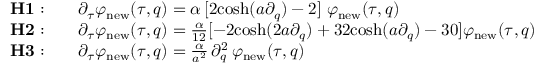
\begin{array} { r l } { { \bf H 1 : } } & { \quad \partial _ { \tau } \varphi _ { \mathrm { n e w } } ( \tau , q ) = \alpha \, [ 2 \mathrm { c o s h } ( a \partial _ { q } ) - 2 ] \ \varphi _ { \mathrm { n e w } } ( \tau , q ) } \\ { { \bf H 2 : } } & { \quad \partial _ { \tau } \varphi _ { \mathrm { n e w } } ( \tau , q ) = \frac { \alpha } { 1 2 } [ - 2 \mathrm { c o s h } ( 2 a \partial _ { q } ) + 3 2 \mathrm { c o s h } ( a \partial _ { q } ) - 3 0 ] \varphi _ { \mathrm { n e w } } ( \tau , q ) } \\ { { \bf H 3 : } } & { \quad \partial _ { \tau } \varphi _ { \mathrm { n e w } } ( \tau , q ) = \frac { \alpha } { a ^ { 2 } } \, \partial _ { q } ^ { 2 } \, \varphi _ { \mathrm { n e w } } ( \tau , q ) } \end{array}